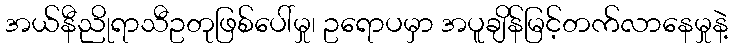
အယ်နီညိုရာသီဥတုဖြစ်ပေါ်မှု၊ ဥရောပမှာ အပူချိန်မြင့်တက်လာနေမှုနဲ့